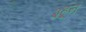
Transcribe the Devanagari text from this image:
३हून